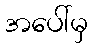
အပေါ်မှ